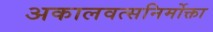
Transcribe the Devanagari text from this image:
अकालवत्सनिर्मोक्ता